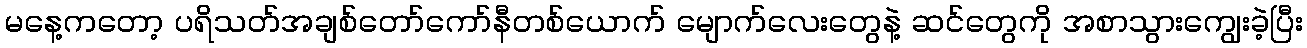
မနေ့ကတော့ ပရိသတ်အချစ်တော်ကော်နီတစ်ယောက် မျောက်လေးတွေနဲ့ ဆင်တွေကို အစာသွားကျွေးခဲ့ပြီး